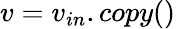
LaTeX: v=v_{in}.copy()